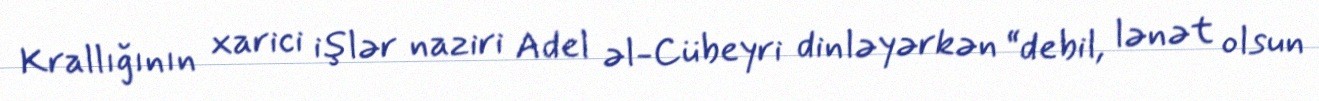
Krallığının xarici işlər naziri Adel əl-Cübeyri dinləyərkən “debil, lənət olsun